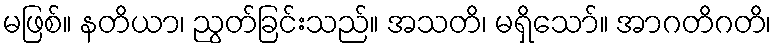
မဖြစ်။ နတိယာ၊ ညွတ်ခြင်းသည်။ အသတိ၊ မရှိသော်။ အာဂတိဂတိ၊